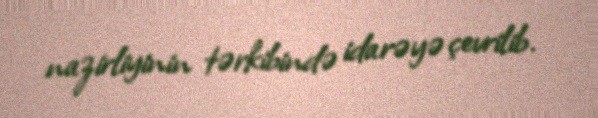
nazirliyinin tərkibində idarəyə çevrilib.